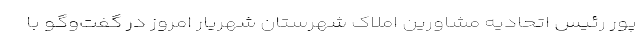
پور رئیس اتحادیه مشاورین املاک شهرستان شهریار امروز در گفت‌وگو با